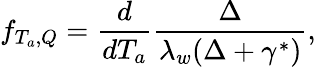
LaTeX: f_{T_{a},Q}=\frac{d}{dT_{a}}\frac{\Delta}{\lambda_{w}(\Delta+\gamma^{*})},